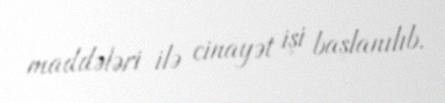
maddələri ilə cinayət işi başlanılıb.